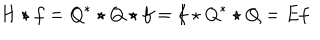
H \star f = Q ^ { * } \star Q \star f = f \star Q ^ { * } \star Q = E f